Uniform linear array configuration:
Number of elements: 64
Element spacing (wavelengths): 1
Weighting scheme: kaiser
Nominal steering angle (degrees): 45
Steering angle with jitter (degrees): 43.089
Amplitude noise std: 0.05
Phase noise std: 0.05

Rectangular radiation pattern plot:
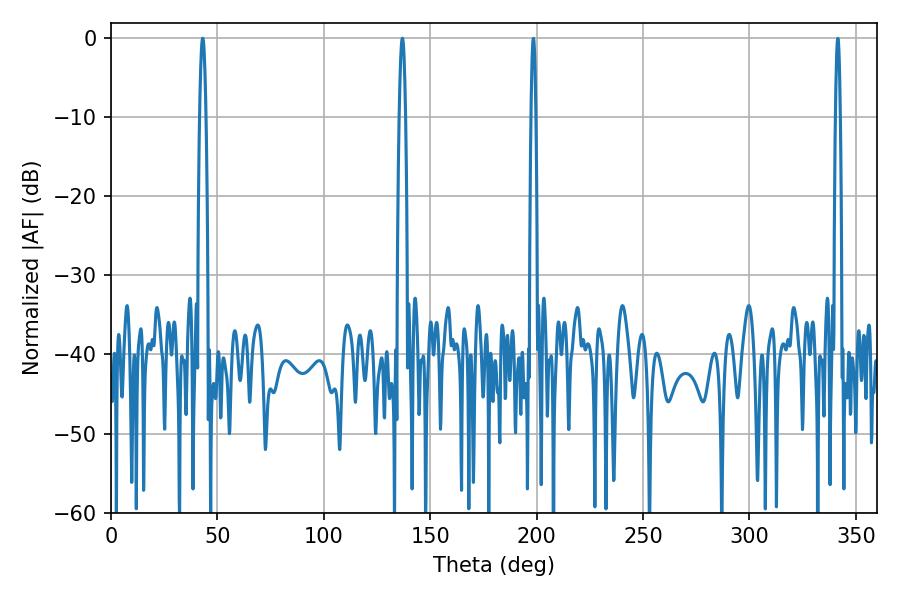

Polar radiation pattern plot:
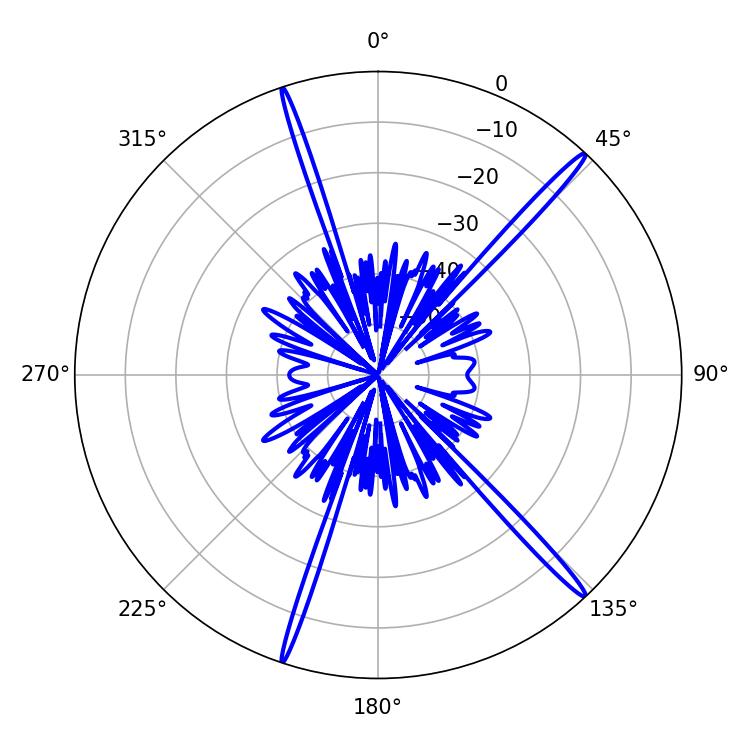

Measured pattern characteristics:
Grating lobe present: TRUE
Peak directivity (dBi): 18.547
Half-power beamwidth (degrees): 1.62
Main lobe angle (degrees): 43.02